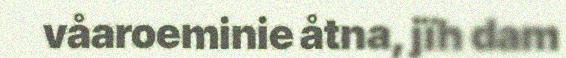
våaroeminie åtna, jïh dam